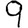
Digit: 9